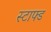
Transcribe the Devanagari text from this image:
स्टाफ्ड